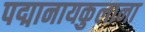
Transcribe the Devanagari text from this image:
पद्मानायकुलाना